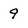
Character: 9